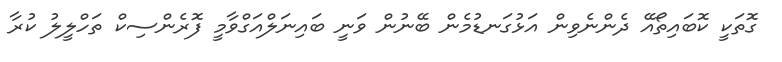
ގޮތަކީ ކޮބައިތޯއޭ ދެންނެވިން އަޅުގަނޑުމެން ބޭނުން ވަނީ ބައިނަލްއަގްވާމީ ފޮރެންސިކް ތަހްލީލު ކުރާ